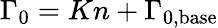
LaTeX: \Gamma_{0}=Kn+\Gamma_{0,\mathrm{base}}